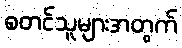
စတင်သူများအတွက်